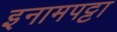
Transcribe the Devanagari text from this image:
इनामपट्टा